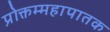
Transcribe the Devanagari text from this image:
प्रोक्तम्महापातक